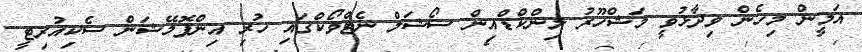
އަމީން މިހެން ވިދާޅުވީ މަޝްހޫރު ލިންކްޑްއިން ސޯޝަލް ނެޓްވޯކްގައި ހުރި އިންފޮމޭޝަން ސެކިއުރިޓީ